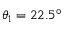
\theta _ { 1 } = 2 2 . 5 ^ { \circ }